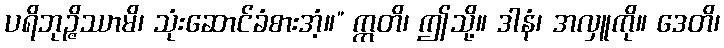
ပရိဘုဉ္ဇိဿာမိ၊ သုံးဆောင်ခံစားအံ့။” ဣတိ၊ ဤသို့။ ဒါနံ၊ အလှူကို။ ဒေတိ၊